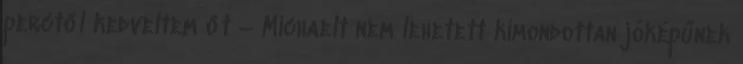
perctől kedveltem őt – Michaelt nem lehetett kimondottan jóképűnek